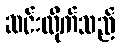
ဆင်းလိုက်သည်